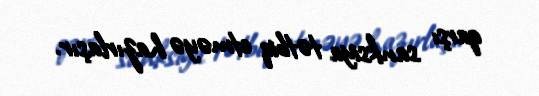
qarşı sanksiya tətbiq etməyə hazırlaşır.